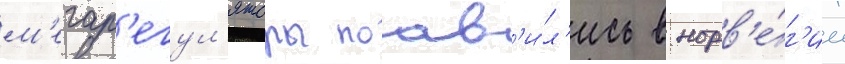
м'егар'егул'яторы поав'и́л'ись в норв'е́г'ии